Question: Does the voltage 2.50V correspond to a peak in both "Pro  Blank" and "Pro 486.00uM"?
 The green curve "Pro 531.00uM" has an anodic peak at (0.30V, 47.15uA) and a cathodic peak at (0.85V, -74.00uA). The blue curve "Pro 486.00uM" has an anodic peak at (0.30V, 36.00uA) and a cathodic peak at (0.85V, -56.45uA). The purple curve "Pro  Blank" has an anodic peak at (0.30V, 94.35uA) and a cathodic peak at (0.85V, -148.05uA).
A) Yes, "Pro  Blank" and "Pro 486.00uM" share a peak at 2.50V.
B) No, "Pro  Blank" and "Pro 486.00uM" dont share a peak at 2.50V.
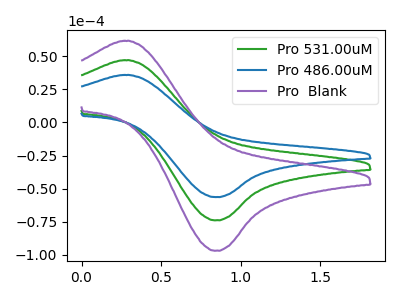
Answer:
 <answer>B) No, "Pro  Blank" and "Pro 486.00uM" dont share a peak at 2.50V.</answer>
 <eval>B</eval>